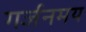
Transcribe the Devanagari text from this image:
गर्जनमय